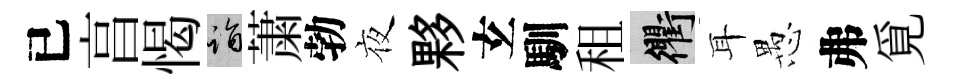
已亯愒诣䔥勃夜夥𤣥馴租衢耳愚弗覓